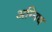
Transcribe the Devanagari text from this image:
अग्निध